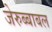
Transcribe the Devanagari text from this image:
जेरुब्बाबल